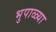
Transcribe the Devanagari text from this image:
भुपाळ्या